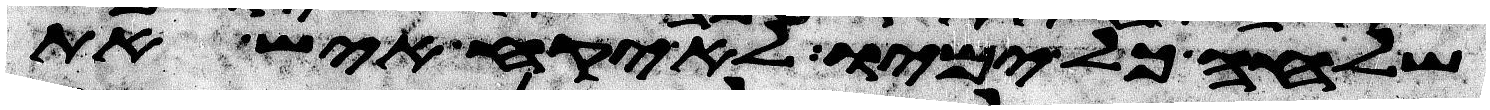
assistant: שלחה כל ימיו לא יקח איש את